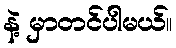
နဲ့ မှာတင်ပါမယ်။